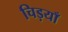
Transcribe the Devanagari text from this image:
चिड़याँ